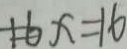
1 6 x = 1 6